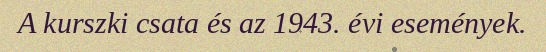
A kurszki csata és az 1943. évi események.